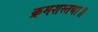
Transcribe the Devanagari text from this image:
क्रमशस्तथा॥